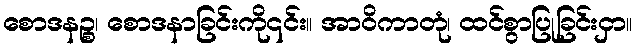
စောဒနဉ္စ၊ စောဒနာခြင်းကို၎င်း။ အာဝိကာတုံ၊ ထင်စွာပြုခြင်းငှာ။